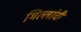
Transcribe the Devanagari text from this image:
भिल्लांची